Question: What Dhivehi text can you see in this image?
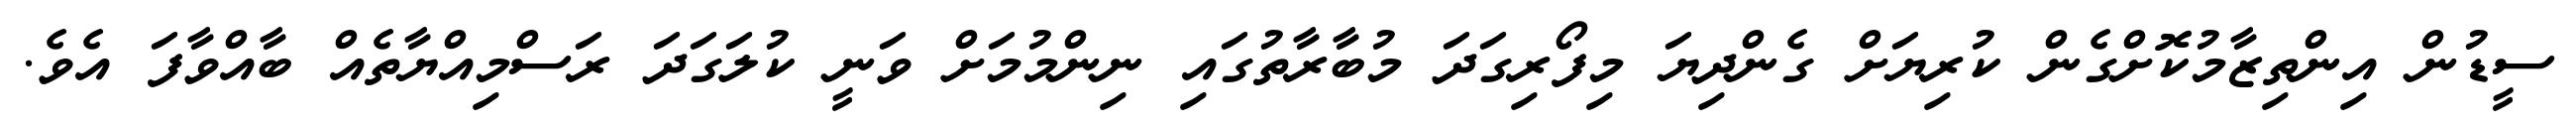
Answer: ސީޑުން އިންތިޒާމުކޮށްގެން ކުރިޔަށް ގެންދިޔަ މިފޯރިގަދަ މުބާރާތުގައި ނިންމުމަށް ވަނީ ކުލަގަދަ ރަސްމިއްޔާތެއް ބާއްވާފަ އެވެ.